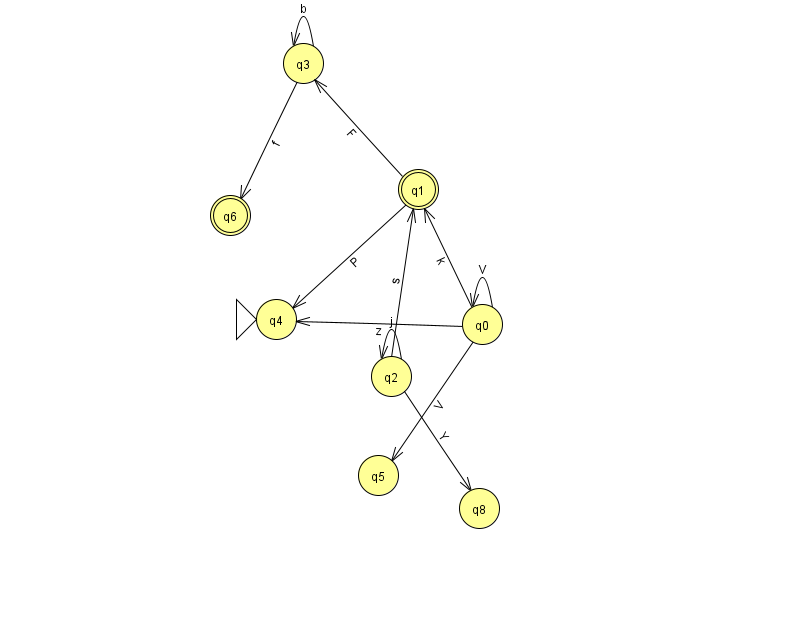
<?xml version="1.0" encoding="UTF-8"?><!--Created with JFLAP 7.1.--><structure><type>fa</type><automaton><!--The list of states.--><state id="0" name="q0"><x>482.0</x><y>311.0</y></state><state id="1" name="q1"><x>418.0</x><y>176.0</y><final/></state><state id="2" name="q2"><x>391.0</x><y>363.0</y></state><state id="3" name="q3"><x>303.0</x><y>50.0</y></state><state id="4" name="q4"><x>276.0</x><y>306.0</y><initial/></state><state id="5" name="q5"><x>378.0</x><y>462.0</y></state><state id="6" name="q6"><x>230.0</x><y>202.0</y><final/></state><state id="8" name="q8"><x>479.0</x><y>495.0</y></state><!--The list of transitions.--><transition><from>1</from><to>4</to><read>P</read></transition><transition><from>0</from><to>1</to><read>k</read></transition><transition><from>0</from><to>4</to><read>z</read></transition><transition><from>3</from><to>3</to><read>b</read></transition><transition><from>2</from><to>8</to><read>Y</read></transition><transition><from>0</from><to>0</to><read>V</read></transition><transition><from>3</from><to>6</to><read>f</read></transition><transition><from>2</from><to>2</to><read>j</read></transition><transition><from>1</from><to>3</to><read>F</read></transition><transition><from>2</from><to>1</to><read>s</read></transition><transition><from>0</from><to>5</to><read>V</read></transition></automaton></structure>